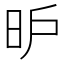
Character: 昈